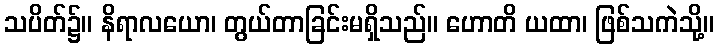
သပိတ်၌။ နိရာလယော၊ တွယ်တာခြင်းမရှိသည်။ ဟောတိ ယထာ၊ ဖြစ်သကဲသို့။